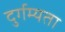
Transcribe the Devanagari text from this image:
दुर्गम्यता